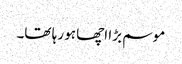
موسم بڑا اچھا ہو رہا تھا۔